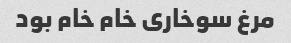
مرغ سوخاری خام خام بود